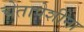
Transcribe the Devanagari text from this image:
चेतापेशींना